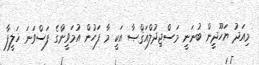
މިއަދު ޔަހޫދީން ބުނަނީ މަސްޖިދުލްއަޤްޞާ އަކީ މާ ފަހުން އުމަވީންގެ ފަސްވަނަ ޚަލީފާ